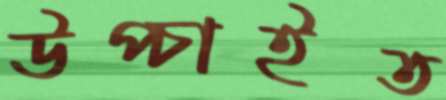
উপ্‌চাইত